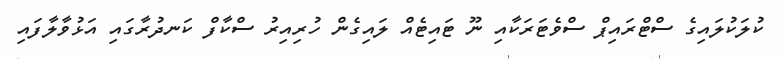
ކުލަކުލައިގެ ސްޓްރައިޕް ސްވެޓަރަކާއި ނޫ ޓައިޓެއް ލައިގެން ހުރިއިރު ސްކާފް ކަނދުރާގައި އަޅުވާލާފައި